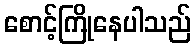
စောင့်ကြိုနေပါသည်